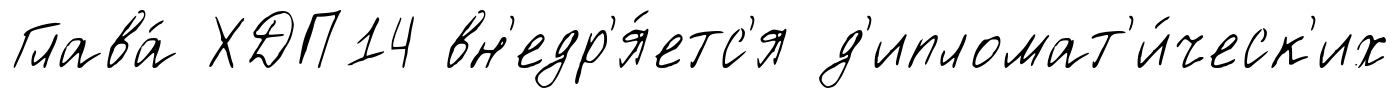
Глава́ ХДП14 вн'едр'я́етс'я д'ипломат'и́ческ'их